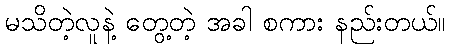
မသိတဲ့လူနဲ့ တွေ့တဲ့ အခါ စကား နည်းတယ်။